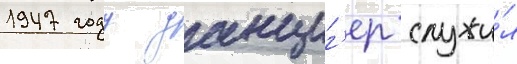
1947 году данциг'ер служи́л